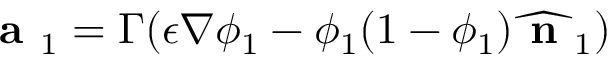
\textbf { a } _ { 1 } = \Gamma ( \epsilon \nabla \phi _ { 1 } - \phi _ { 1 } ( 1 - \phi _ { 1 } ) \widehat { \textbf { n } } _ { 1 } )